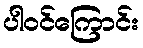
ပါဝင်ကြောင်း